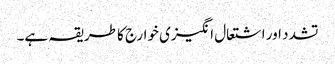
تشدد اور اشتعال انگیزی خوارج کا طریقہ ہے۔